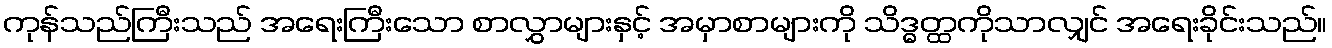
ကုန်သည်ကြီးသည် အရေးကြီးသော စာလွှာများနှင့် အမှာစာများကို သိဒ္ဓတ္ထကိုသာလျှင် အရေးခိုင်းသည်။